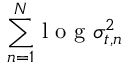
{ \sum _ { n = 1 } ^ { N } } \mathrm { ~ l ~ o ~ g ~ } \sigma _ { t , n } ^ { 2 }